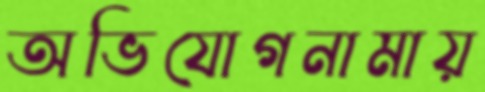
অভিযোগনামায়